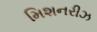
મિશનરીઝ